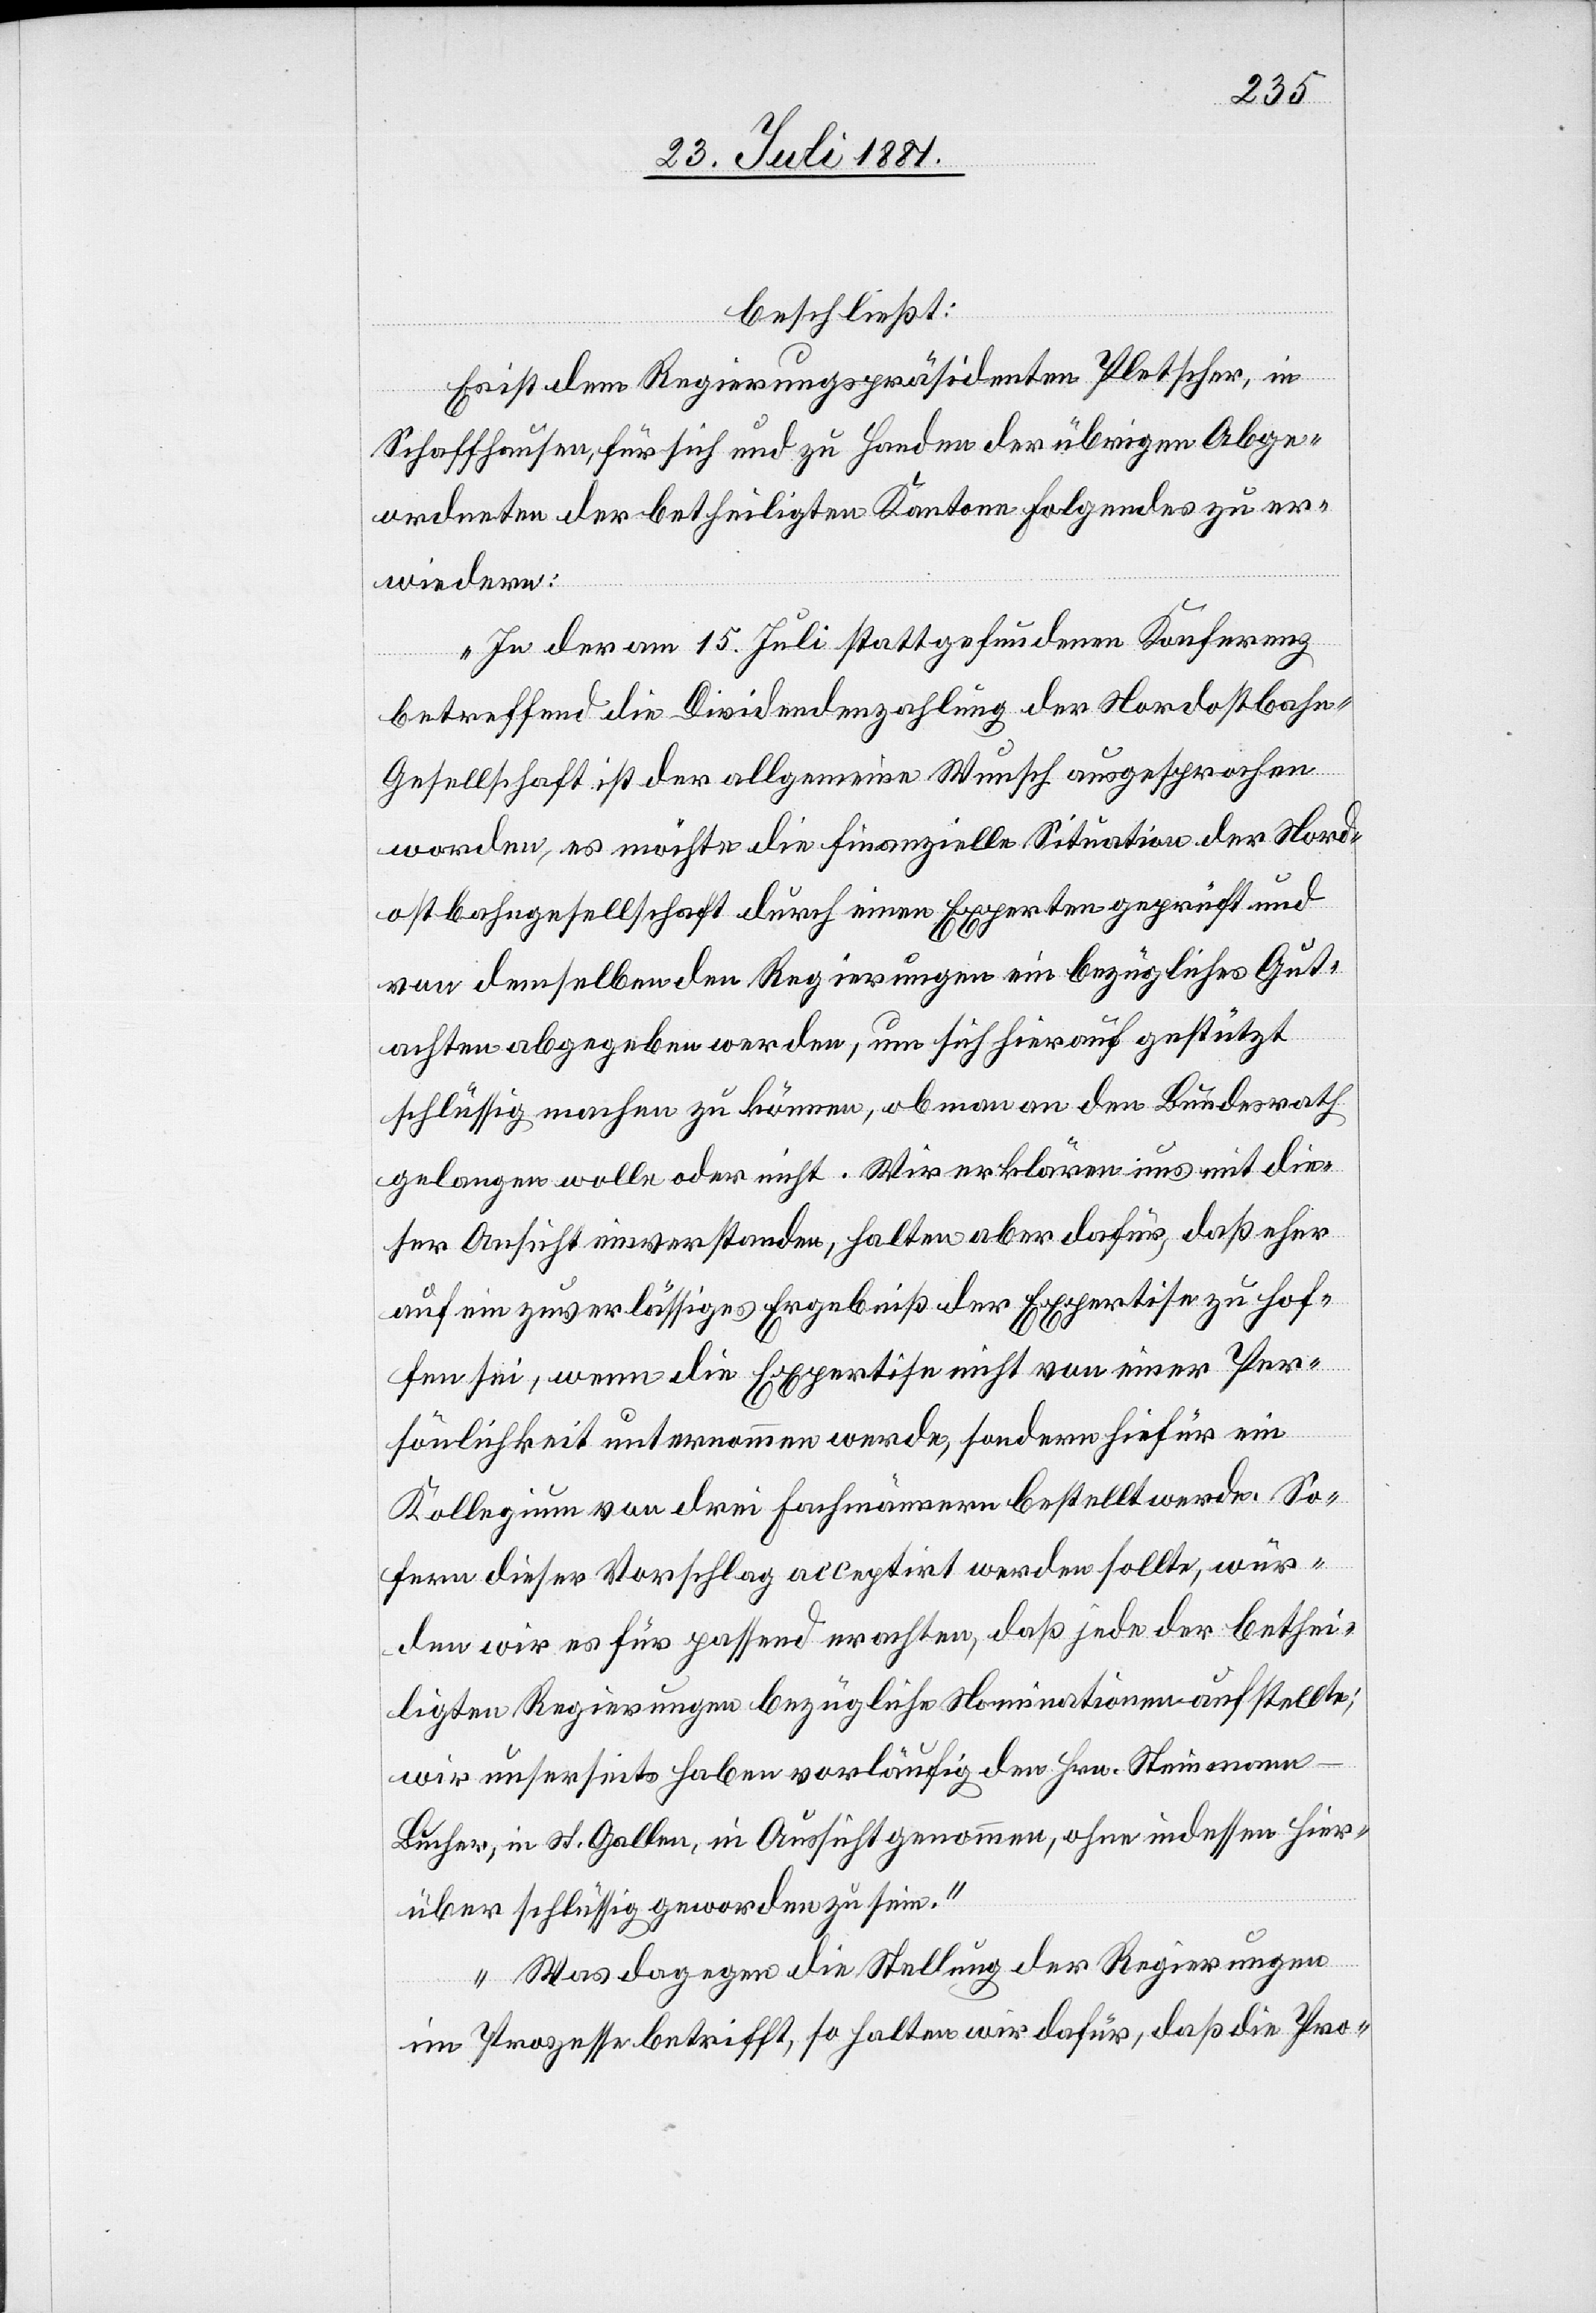
beschließt:
Es ist dem Regierungspräsidenten Platscher, in
Schaffhausen, für sich und zu Handen der übrigen Abge¬
ordneten der betheiligten Kantone Folgendes zu er¬
wiedern:
„In der am 15. Juli stattgefundenen Konferenz
betreffend die Dividendenzahlung der Nordostbah¬
n-Gesellschaft ist der allgemeine Wunsch ausgesprochen
worden, es möchte die finanzielle Situation der Nord¬
ostbahngesellschaft durch einen Experten geprüft und
von denselben Regierungen ein bezügliches Gut¬
achten abgegeben werden, um sich hierauf gestützt
schlüssig machen zu können, ob man an den Bundesrath
gelangen wolle oder nicht. Wir erklären uns mit die¬
ser Ansicht einverstanden, halten aber dafür, daß eher
auf ein zuverlässiges Ergebniß der Expertise zu hof¬
fen sei, wenn die Expertise nicht von einer Per¬
sönlichkeit unternommen werde, sondern hiefür ein
Kollegium von drei Fachmännern bestellt werde. So¬
fern dieser Vorschlag acceptirt werden sollte, wür¬
den wir es für passend erachten, daß jede der bethei¬
ligten Regierungen bezügliche Nominationen aufstellte;
wir unserseits haben vorläufig den Hrn. Steinmann-B¬
ucher, in St. Gallen, in Aussicht genommen, ohne indessen hier¬
über schlüssig geworden zu sein.
Was dagegen die Stellung der Regierungen
im Prozesse betrifft, so halten wir dafür, daß die Pro-